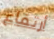
أرتفاع